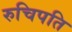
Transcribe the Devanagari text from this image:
रुचिपति